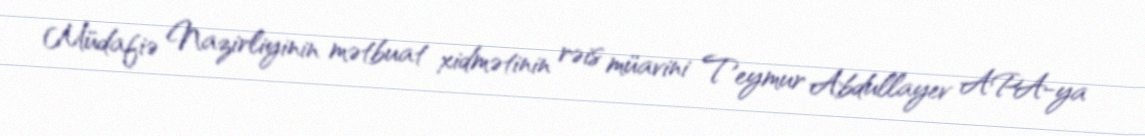
Müdafiə Nazirliyinin mətbuat xidmətinin rəis müavini Teymur Abdullayev APA-ya